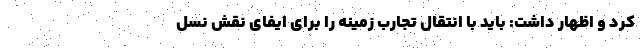
کرد و اظهار داشت: باید با انتقال تجارب زمینه را برای ایفای نقش نسل